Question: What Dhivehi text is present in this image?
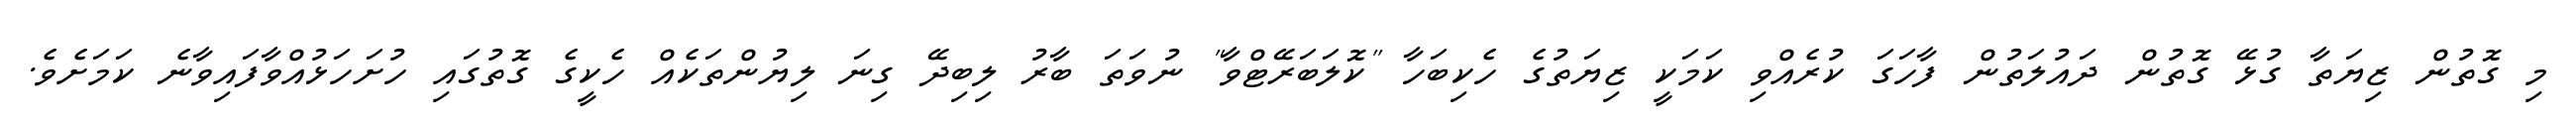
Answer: މި ގޮތުން ޒިޔަތާ ގުޅޭ ގޮތުން ދައުލަތުން ފާހަގަ ކުރެއްވި ކަމަކީ ޒިޔަތުގެ ހެކިބަހާ "ކޮލަބަރޭޓްވާ" ނުވަތަ ބާރު ލިބިދޭ ގިނަ ލިޔުންތަކެއް ހެކީގެ ގޮތުގައި ހުށަހަޅުއްވާފައިވާނެ ކަމަށެވެ.